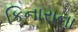
કિનારાના